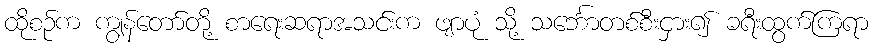
ထိုစဉ်က ကျွန်တော်တို့ စာရေးဆရာအသင်းက ဖျာပုံ သို့ သင်္ဘောတစ်စီးငှား၍ ခရီးထွက်ကြရာ